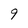
Character: 9